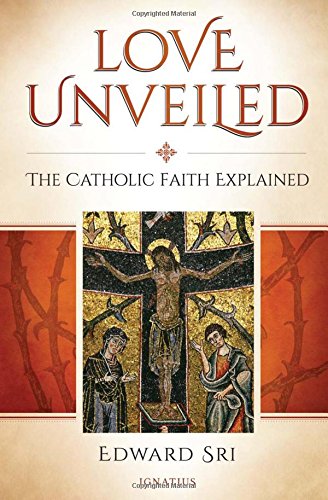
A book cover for Love Unveiled: The Catholic Faith Explained; Edward Sri; Christian Books & Bibles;